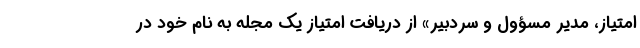
امتیاز، مدیر مسؤول و سردبیر» از دریافت امتیاز یک مجله به نام خود در